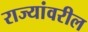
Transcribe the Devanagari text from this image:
राज्यांवरील